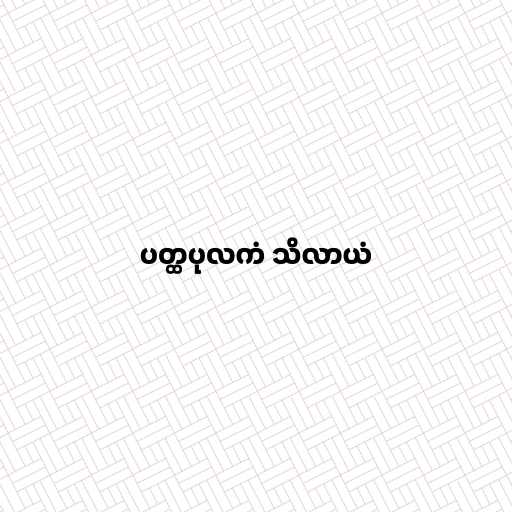
ပတ္ထပုလကံ သိလာယံ